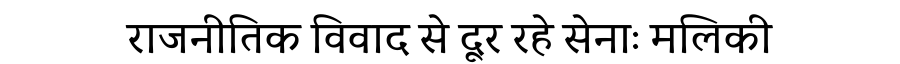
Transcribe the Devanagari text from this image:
राजनीतिक विवाद से दूर रहे सेनाः मलिकी